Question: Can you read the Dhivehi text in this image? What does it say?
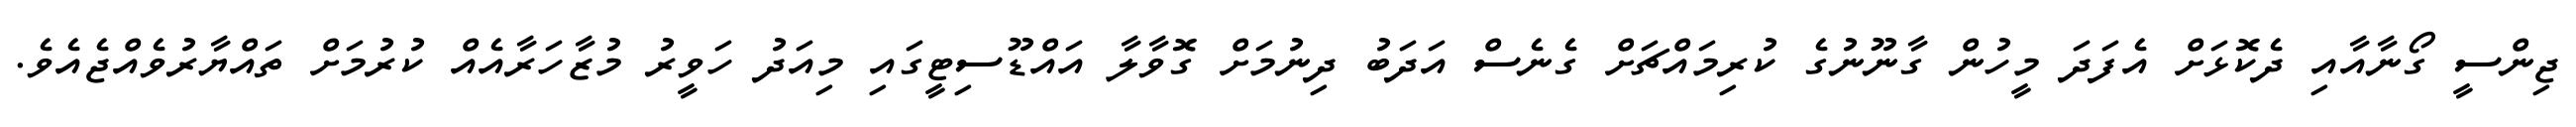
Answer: ޖިންސީ ގޯނާއާއި ދެކޮޅަށް އެފަދަ މީހުން ގާނޫނުގެ ކުރިމައްޗަށް ގެނެސް އަދަބު ދިނުމަށް ގޮވާލާ އައްޑޫސިޓީގައި މިއަދު ހަވީރު މުޒާހަރާއެއް ކުރުމަށް ތައްޔާރުވެއްޖެއެވެ.